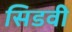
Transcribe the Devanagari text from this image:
सिडवी